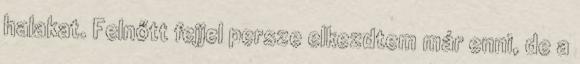
halakat. Felnőtt fejjel persze elkezdtem már enni, de a